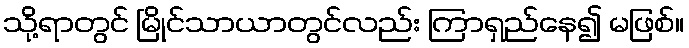
သို့ရာတွင် မြိုင်သာယာတွင်လည်း ကြာရှည်နေ၍ မဖြစ်။